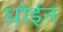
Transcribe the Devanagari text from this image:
धोईन